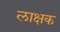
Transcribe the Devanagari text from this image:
लाक्षक